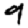
Digit: 9